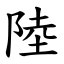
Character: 陸